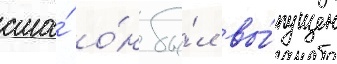
сша́ о́н бы́л вы́пущен